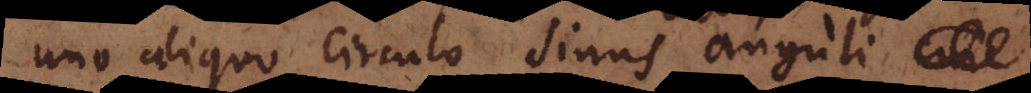
uno aliquo circulo sinus angul